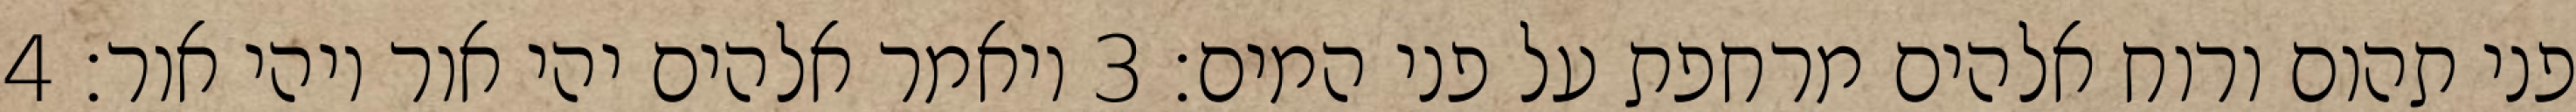
פני תהום ורוח אלהים מרחפת על פני המים׃ ‎3‏ ויאמר אלהים יהי אור ויהי אור׃ ‎4‏